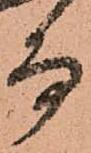
而